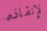
لإنقاذه